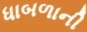
ધાબળાની